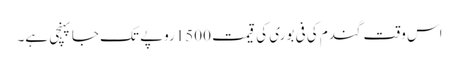
اس وقت گندم کی فی بوری کی قیمت 1500روپے تک جا پہنچی ہے۔